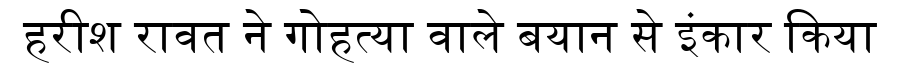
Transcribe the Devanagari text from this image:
हरीश रावत ने गोहत्या वाले बयान से इंकार किया